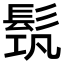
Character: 𩬰